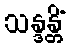
သန္ဒန္တိံ